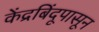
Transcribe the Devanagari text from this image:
केंद्रबिंदूपासून